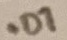
Text: .07